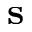
\mathbf { s }